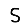
Digit: 5